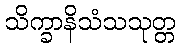
သိက္ခာနိသံသသုတ္တ